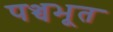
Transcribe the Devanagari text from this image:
पञ्चभूत